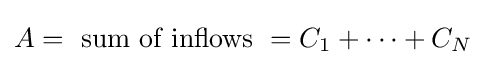
A={\text{ sum of inflows }}=C_{1}+\cdots +C_{N}